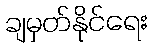
ချမှတ်နိုင်ရေး